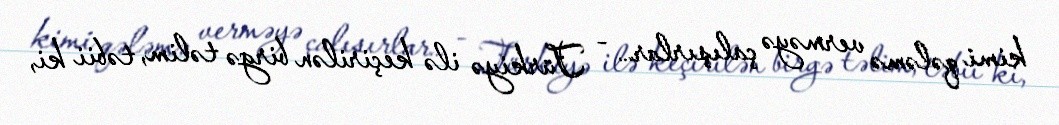
kimi qələmə verməyə çalışırlar… - Türkiyə ilə keçirilən birgə təlim, təbii ki,